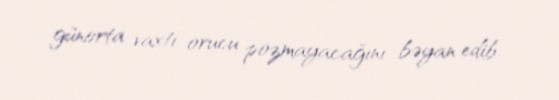
günorta vaxtı orucu pozmayacağını bəyan edib.